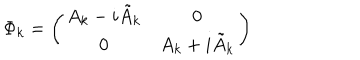
\Phi _ { k } = \left( \begin{matrix} { { A _ { k } - i \tilde { A } _ { k } } } & { { 0 } } \\ { { 0 } } & { { A _ { k } + i \tilde { A } _ { k } } } \\ \end{matrix} \right)